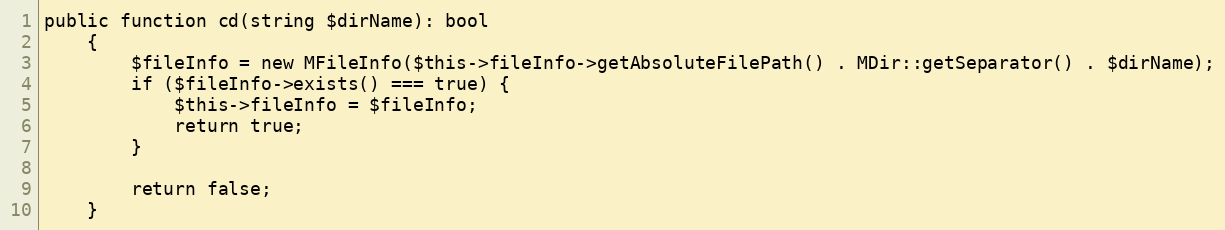
Language: PHP
public function cd(string $dirName): bool
    {
        $fileInfo = new MFileInfo($this->fileInfo->getAbsoluteFilePath() . MDir::getSeparator() . $dirName);
        if ($fileInfo->exists() === true) {
            $this->fileInfo = $fileInfo;
            return true;
        }

        return false;
    }